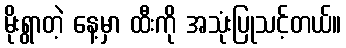
မိုးရွာတဲ့ နေ့မှာ ထီးကို အသုံးပြုသင့်တယ်။